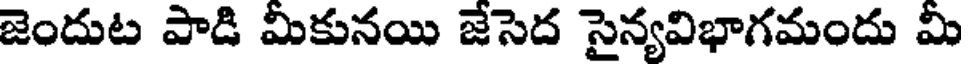
జెందుట పాడి మీకునయి జేసెద సైన్యవిభాగమందు మీ